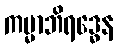
ကမ္မာဘိရဒ္ဓေန